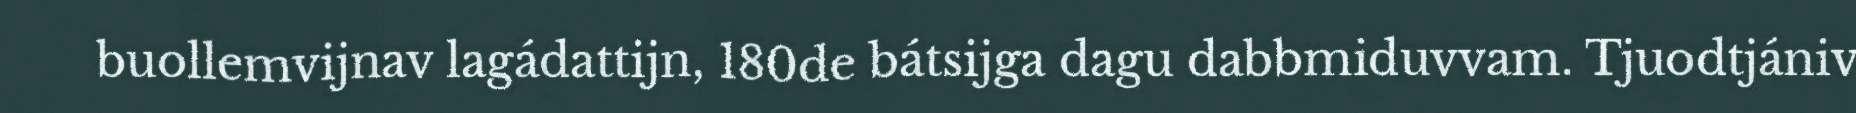
buollemvijnav lagádattijn, 180de bátsijga dagu dabbmiduvvam. Tjuodtjániv